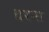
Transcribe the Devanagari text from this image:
धरमा